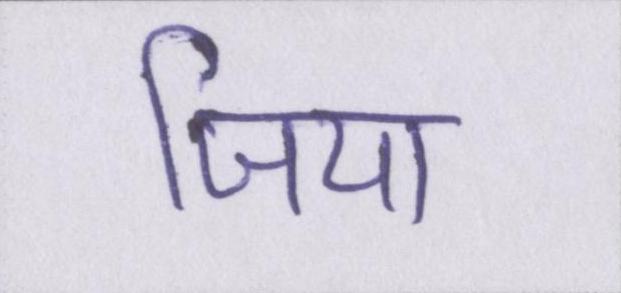
जिया